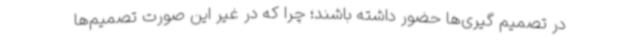
در تصمیم گیری‌ها حضور داشته باشند؛ چرا که در غیر این صورت تصمیم‌ها